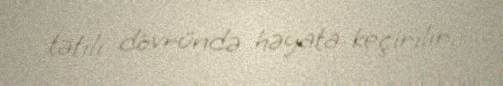
tətili dövründə həyata keçirilir.